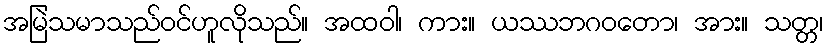
အမြဲသမာသည်ဝင်ဟူလိုသည်။ အထဝါ၊ ကား။ ယဿဘဂဝတော၊ အား။ သတ္တ၊